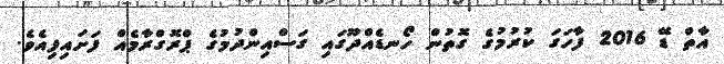
އާތް ޑޭ 2016 ފާހަގަ ކުރުމުގެ ގޮތުން ހޯނޑެއްދޫގައި ގަސްއިންދުމުގެ ޕްރޮގްރާމެއް ފަށައިފިއެވެ.